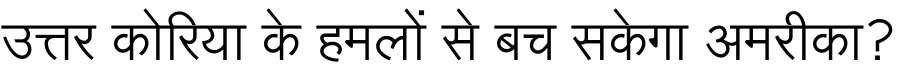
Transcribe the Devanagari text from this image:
उत्तर कोरिया के हमलों से बच सकेगा अमरीका?